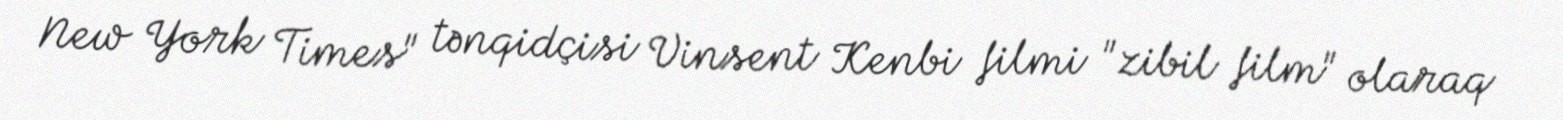
New York Times" tənqidçisi Vinsent Kenbi filmi "zibil film" olaraq